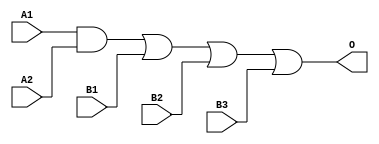
module JDB21X3A(A1, A2, B1, B2, B3, O);
input   A1;
input   A2;
input   B1;
input   B2;
input   B3;
output  O;
and g0(w0, A1, A2);
or g1(O, w0, B1, B2, B3);
endmodule